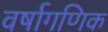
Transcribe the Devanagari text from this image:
वर्षागणिक